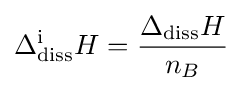
\Delta _{\text{diss}}^{\text{i}}H={\frac {\Delta _{\text{diss}}H}{n_{B}}}